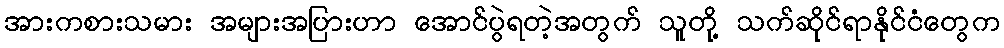
အားကစားသမား အများအပြားဟာ အောင်ပွဲရတဲ့အတွက် သူတို့ သက်ဆိုင်ရာနိုင်ငံတွေက